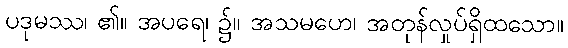
ပဒုမဿ၊ ၏။ အပရေ၊ ၌။ အသမဟေ၊ အတုန်လှုပ်ရှိထသော။